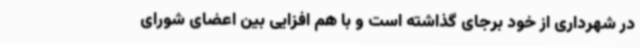
در شهرداری از خود برجای گذاشته است و با هم افزایی بین اعضای شورای